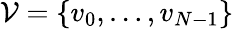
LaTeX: \mathcal{V}=\left\{ v_{0},\dots,v_{N-1}\right\}